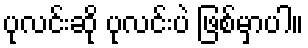
ပုလင်းဆို ပုလင်းပဲ ဖြစ်မှာပါ။